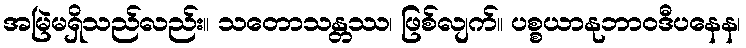
အမြဲမရှိသည်လည်း။ သတောသန္တဿ၊ ဖြစ်လျက်။ ပစ္စယာနုဘာဝဒီပနေန၊